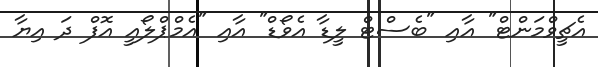
އެޗީވްމަންޓް" އާއި "ބެސްޓް ލީޑާ އެވޯޑް" އާއި "އެމްޕްލޯއީ އޮފް ދަ އިޔާ